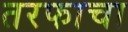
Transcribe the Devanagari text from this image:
तरफाचा